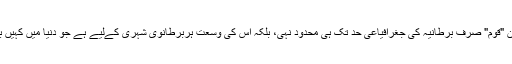
اس ضمن مين "قوم" صرف برطانيہ کی جغرافياعی حد تک ہی محدود نہی، بلکہ اس کی وسعت ہربرطانوی شہری کےليے ہے جو دنیا ميں کہيں بھی رھتا ھو۔